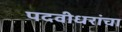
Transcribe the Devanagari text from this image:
पदवीधरांचा